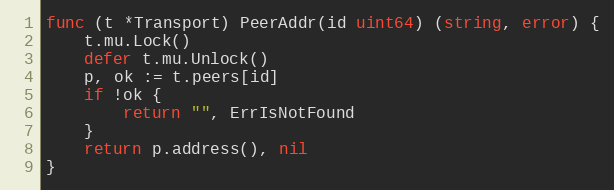
Language: Go
func (t *Transport) PeerAddr(id uint64) (string, error) {
	t.mu.Lock()
	defer t.mu.Unlock()
	p, ok := t.peers[id]
	if !ok {
		return "", ErrIsNotFound
	}
	return p.address(), nil
}